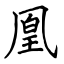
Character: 凰